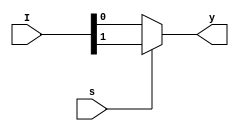
//2X1 Mux
`timescale 1ns / 1ps
module MUX2x1(I, s, y);
    input [1:0]I ;//2 inputs 
    input s;     //1 select line
    output y;    //1 output
        assign y = (s)? I[1]:I[0];
endmodule
//6X1 Mux
module MUX_6X1_using_MUX_2X1(I, S, Y);

    input [5:0]I;   //6 inputs 
    input [2:0]S;   //3 select lines
    output Y;       //1 output
    wire w1, w2, w3, w4;
    //using 2X1 MUXes 
    MUX2x1 inst1({I[1], I[0]}, S[0], w1); // { , } concatination 
    MUX2x1 inst2({I[3], I[2]}, S[0], w2);
    MUX2x1 inst3({I[5], I[4]}, S[0], w3);
    MUX2x1 inst4({w2, w1}, S[1], w4);
    MUX2x1 inst5({w3, w4}, S[2], Y);
    
endmodule